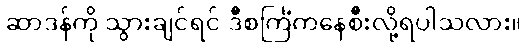
ဆာဒန်ကို သွားချင်ရင် ဒီစင်္ကြံကနေစီးလို့ရပါသလား။